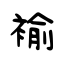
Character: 褕